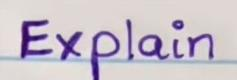
Explain